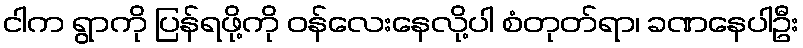
ငါက ရွာကို ပြန်ရဖို့ကို ဝန်လေးနေလို့ပါ စံတုတ်ရာ၊ ခဏနေပါဦး